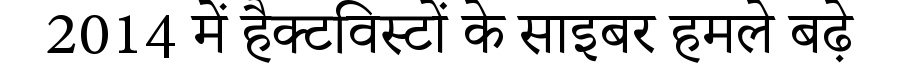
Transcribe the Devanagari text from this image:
2014 में हैक्टविस्टों के साइबर हमले बढ़े